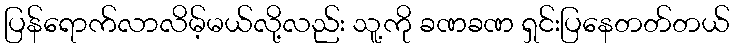
ပြန်ရောက်လာလိမ့်မယ်လို့လည်း သူ့ကို ခဏခဏ ရှင်းပြနေတတ်တယ်